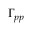
\Gamma _ { p p }